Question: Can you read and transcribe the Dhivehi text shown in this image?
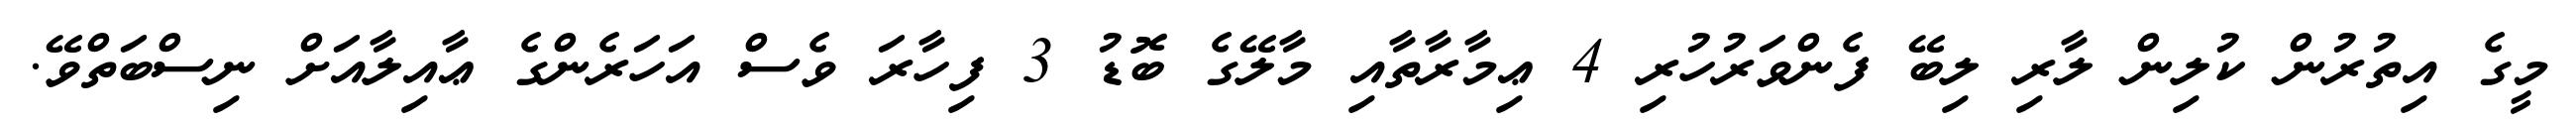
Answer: މީގެ އިތުރުން ކުލިން ލާރި ލިބޭ ފެންވަރުހުރި 4 ޢިމާރާތާއި މާލޭގެ ބޮޑު 3 ފިހާރަ ވެސް އަހަރެންގެ ޢާއިލާއަށް ނިސްބަތްވޭ.